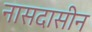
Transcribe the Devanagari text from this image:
नासदासीन